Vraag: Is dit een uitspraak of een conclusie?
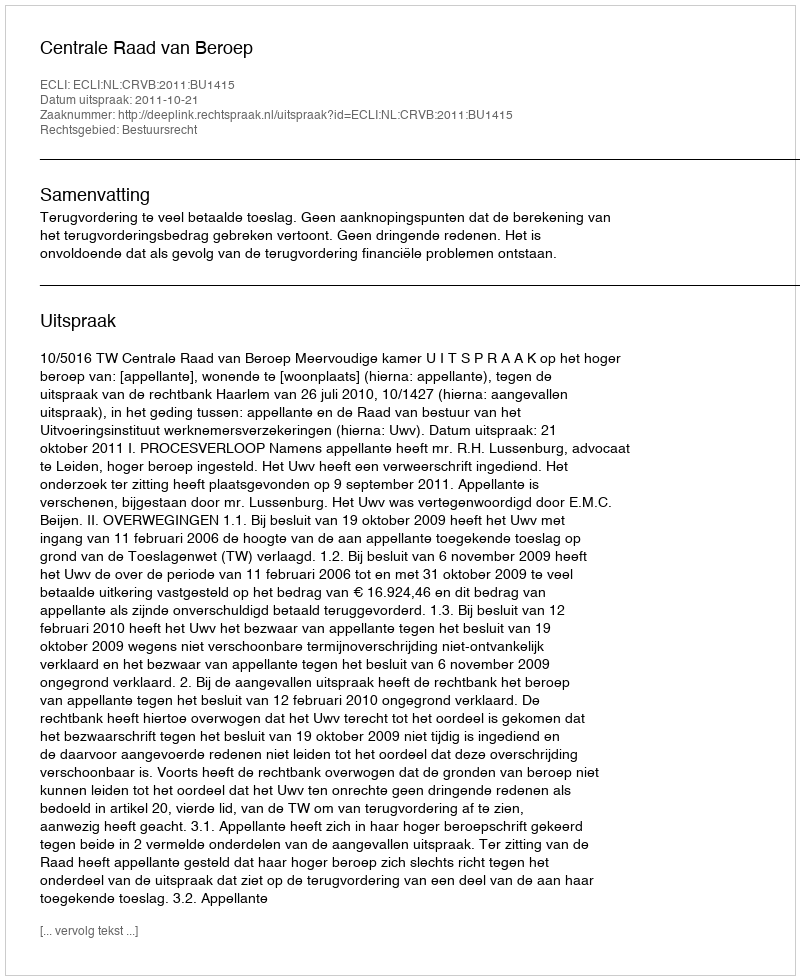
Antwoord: Uitspraak